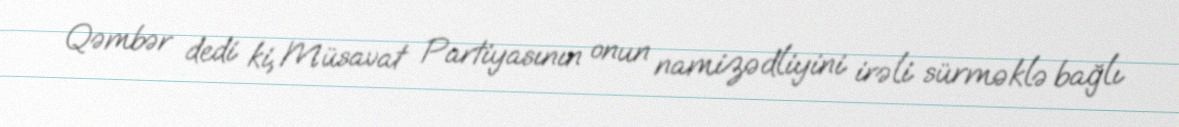
Qəmbər dedi ki, Müsavat Partiyasının onun namizədliyini irəli sürməklə bağlı